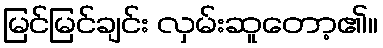
မြင်မြင်ချင်း လှမ်းဆူတော့၏။